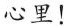
心里！